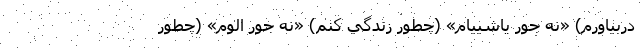
دربياورم) «نه جور ياشييام» (چطور زندگي كنم) «نه جور اُلوم» (چطور